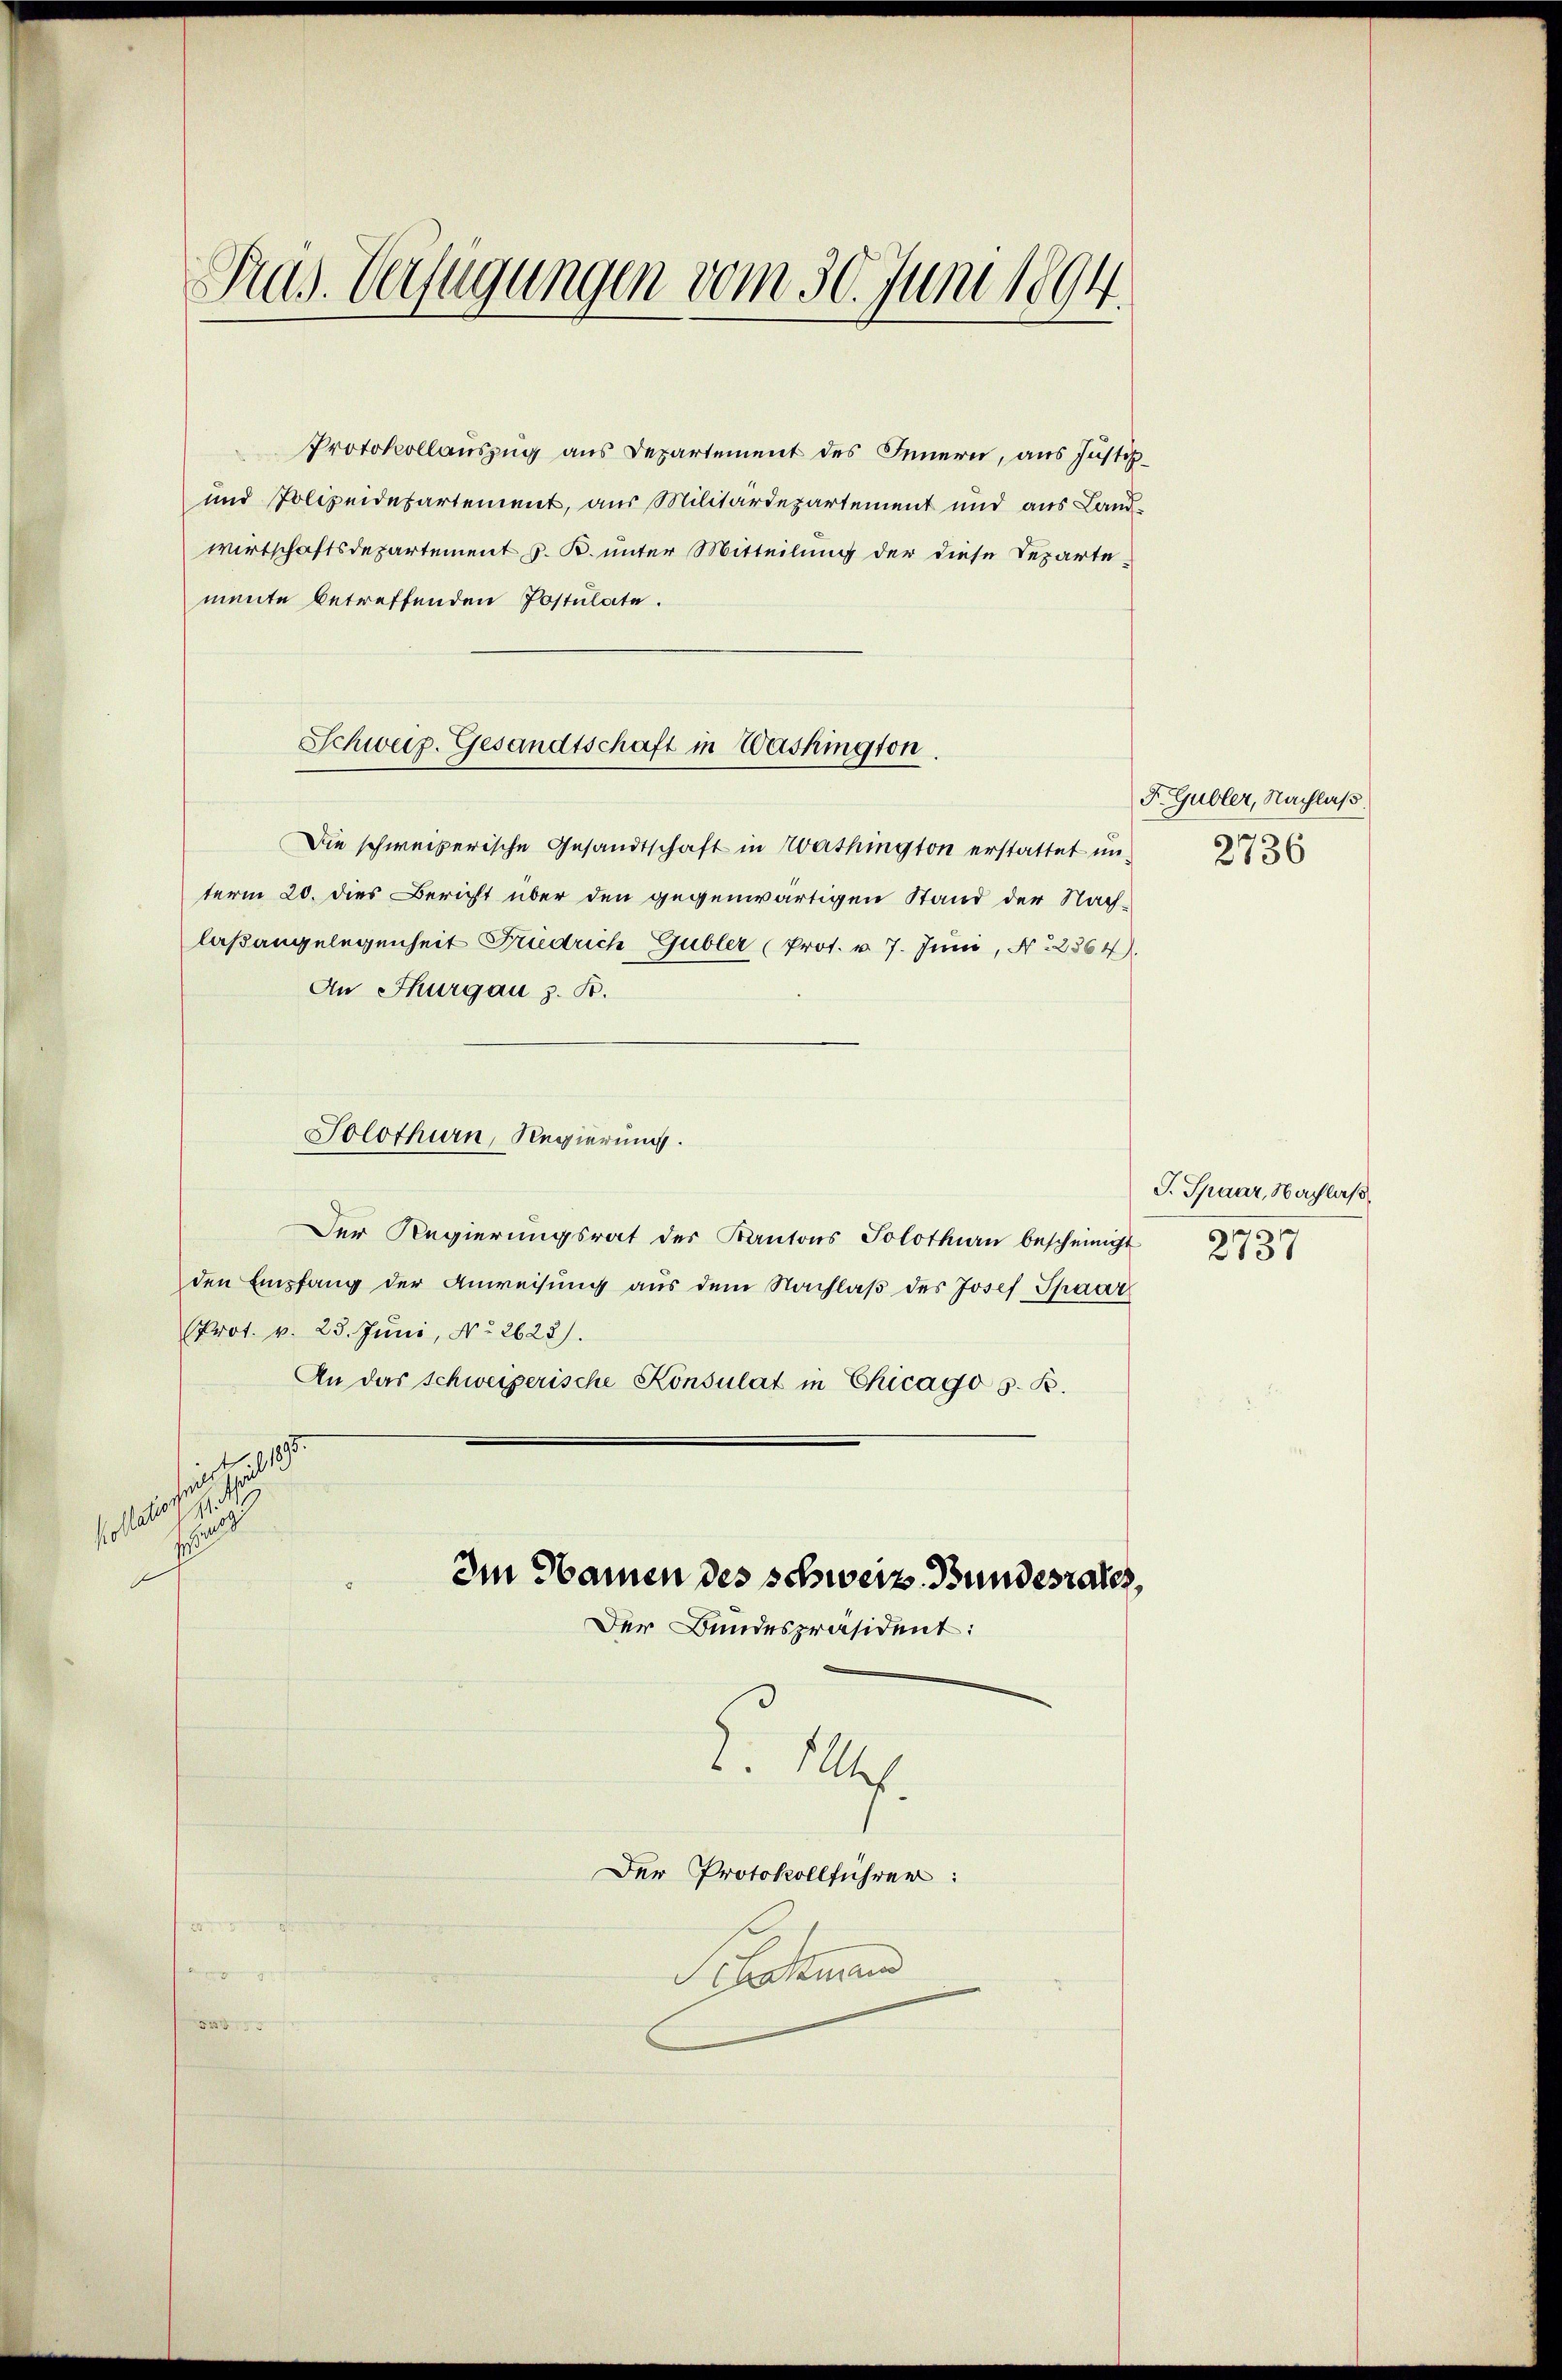
Pras. Verfügungen vom 30. Juni 1894.

Protokollauszug aus Departement des Innern, aus Justiz¬
und Polizeidesartement, aus Militärdepartement und aus Landwirtschaftsdepartement z. B. unter Mitteilung der diese Departemente betreffenden Postulate.
Die schweizerische Gesandtschaft in Mathington erstattet unterm 20. dies Bericht über den gegenwärtigen Stand der Nach-
laßangelegenheit Fridrich Gubler (Prot. u. 7. Juni, N. 2564).
An Thurgau z. B.
Solothurn, Regierung.
Der Regierŭngsrat der Kantons Solothurn bescheinigt
den Empfang der Anweisung aus dem Nachlaβ des Josef Spaar
Prot. v. 28. Juni, No. 2623).
An das schweizerische Konsulat in Chicago s. R.
h
 1809. 4
89
1
Im Namen des schweiz. Bundesrates,

Schweiz. Gesandtschaft in Washington.

Der Bundespräsident:

2. Mlle.
Der Protokollführer:
Schnen

F. Gubler, Nachlaß.
2736

J. Spaar, Nachlaß